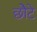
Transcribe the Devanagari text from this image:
छोेटे